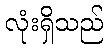
လုံးရှိသည်